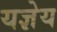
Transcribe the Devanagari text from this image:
यज्ञेय